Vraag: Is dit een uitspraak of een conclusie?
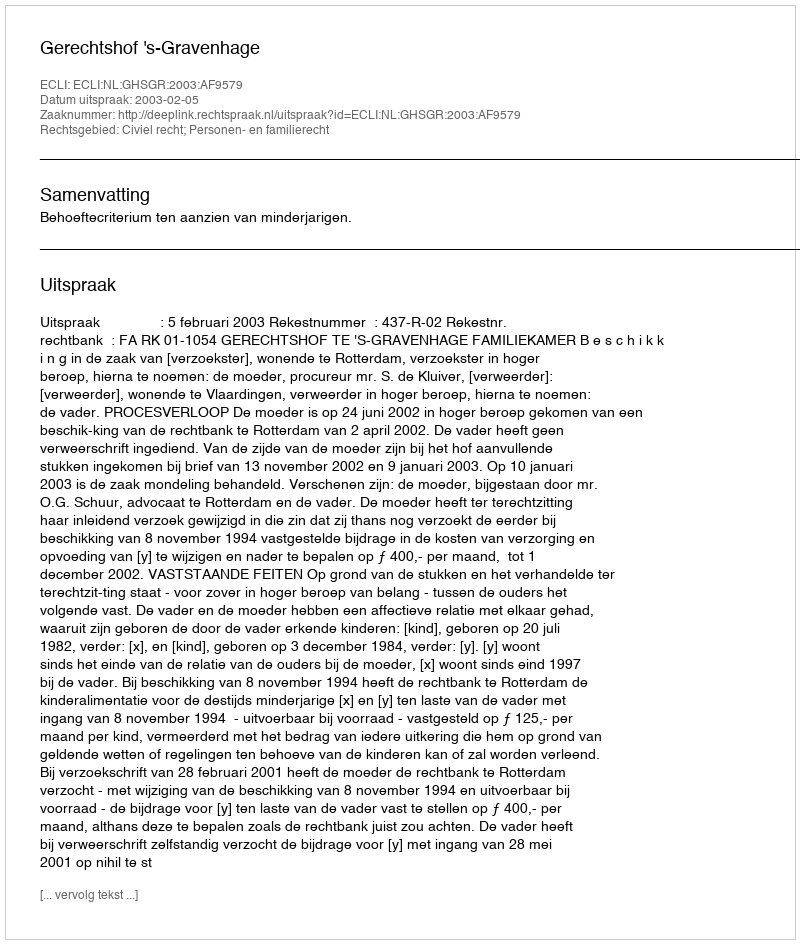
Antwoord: Uitspraak